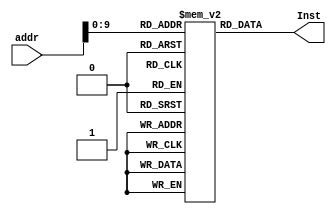
/*module Inst_mem(addr,Inst26_31,Inst21_25,Inst16_20,Inst11_15,Inst0_15,Inst0_5,Inst0_25);

	input [31:0] addr;
	
	output[15:0] Inst0_15;
	output [4:0] Inst11_15,Inst16_20,Inst21_25;
	output [5:0] Inst26_31 , Inst0_5;
	output [25:0] Inst0_25;
	
	reg [31:0] memory [1023:0];
	
	reg [31:0] out;
	
	always@(addr)
		out = memory[addr];
		
	assign Inst0_15 = out[15:0];
	assign Inst11_15 = out[15:11];
	assign Inst16_20 = out[20:16];
	assign Inst21_25 = out[25:21];
	assign Inst26_31 = out[31:26];
	assign Inst0_25 = out[25:0];
	assign Inst0_5 = out[5:0];
	
endmodule*/


module Inst_mem(addr,Inst);

	input [31:0] addr;
	output [31:0]Inst;
	
	reg [31:0] mem [1023:0];
	
	initial begin
	
		// arrays1
			mem[0]=32'b10001100000010000000000000000000;
			mem[1]=32'b10001100000010010000000000001000;
			mem[2]=32'b10001100000010100000000000010100;
			mem[3]=32'b10001100000010110000000000000010;
	
	/*
		// arrays2
			mem[0]=32'b10001100000000010000000000000010;
			mem[1]=32'b00000000000000010000100010000000;
			mem[2]=32'b10101100000000010000000000000001;
			mem[3]=32'b10001100000000100000000000000001;
			mem[4]=32'b10001100000000110000000000000100;
			mem[5]=32'b00000000000000110001100001000000;
			mem[6]=32'b10101100000000110000000000000011;
			mem[7]=32'b10001100000001000000000000000011;
	*/
	/*
		// Arithmetic Operations
			mem[0]=32'b10001111100010000000000000000000;
			mem[1]=32'b10001111100010010000000000000001;
			mem[2]=32'b00000001000010010100000000100000;
			mem[3]=32'b10001111100010100000000000000010;
			mem[4]=32'b00000001010010100101000000100000;
			mem[5]=32'b00000001000010100100000000100010;
			mem[6]=32'b00100001000010000000000000000001;
			mem[7]=32'b00000000000010000100000000100010;
	*/		
	
	/*
		// Conditional statements#1
			mem[0]=32'b00000001000000000100000000100000;
			mem[1]=32'b00100001001010010000000000010000;
			mem[2]=32'b00000001000010010101000000100010;
			mem[3]=32'b00000000000010100101100000101010;
			
			mem[4]=32'b00100000000011000000000000000001;
			mem[5]=32'b00010001011011000000000000000010;
			mem[6]=32'b00100001000010000000000000000001;
			mem[7]=32'b00001000000000000000000000000010;
			mem[8]=32'b00000001001000000110100000100000;
			mem[9]=32'b00100000000011100000000000011011;
			mem[10]=32'b00110001110011100000000000010111;
	*/
	/*	
		// Conditional statements#1
			//case a = 2
				mem[0]=32'b00100000000000010000000000000010;
			//case a = 6
				//mem[0]=32'b00100000000000010000000000000110;
			mem[1]=32'b00100000000000100000000000000010;
			mem[2]=32'b00100000010000110000000000000011;
			mem[3]=32'b00000000001000110010000000101010;
			mem[4]=32'b00010000100000000000000000000010;
			mem[5]=32'b00100000001000010000000000000001;
			mem[6]=32'b00001000000000000000000000001000;
			mem[7]=32'b00100000001000010000000000000010;
			mem[8]=32'b00000000010000010001000000100000;
	*/
		/*
		// while Loop
			mem[0]=32'b00000000000000000000100000100000;
			mem[1]=32'b00000000000000000001000000100000;
			mem[2]=32'b00100000000010010000000001100100;
			mem[3]=32'b00010001001000010000000000000010;
			mem[4]=32'b00100000001000010000000000000001;
			mem[5]=32'b00001000000000000000000000000011;
			mem[6]=32'b00000000000000000001100000100000;
	*/
	end
	
	assign Inst = mem[addr];
	//initial 
	//begin 
	//$readmemh("C:/Users/Rand5/OneDrive/Desktop/Rand/JOSDC_23/final/instructions.txt",mem);	
	//end 
endmodule